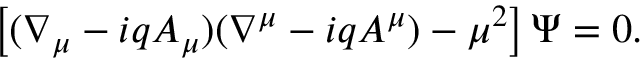
\left[ ( \nabla _ { \mu } - i q A _ { \mu } ) ( \nabla ^ { \mu } - i q A ^ { \mu } ) - \mu ^ { 2 } \right] \Psi = 0 .